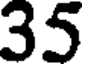
35